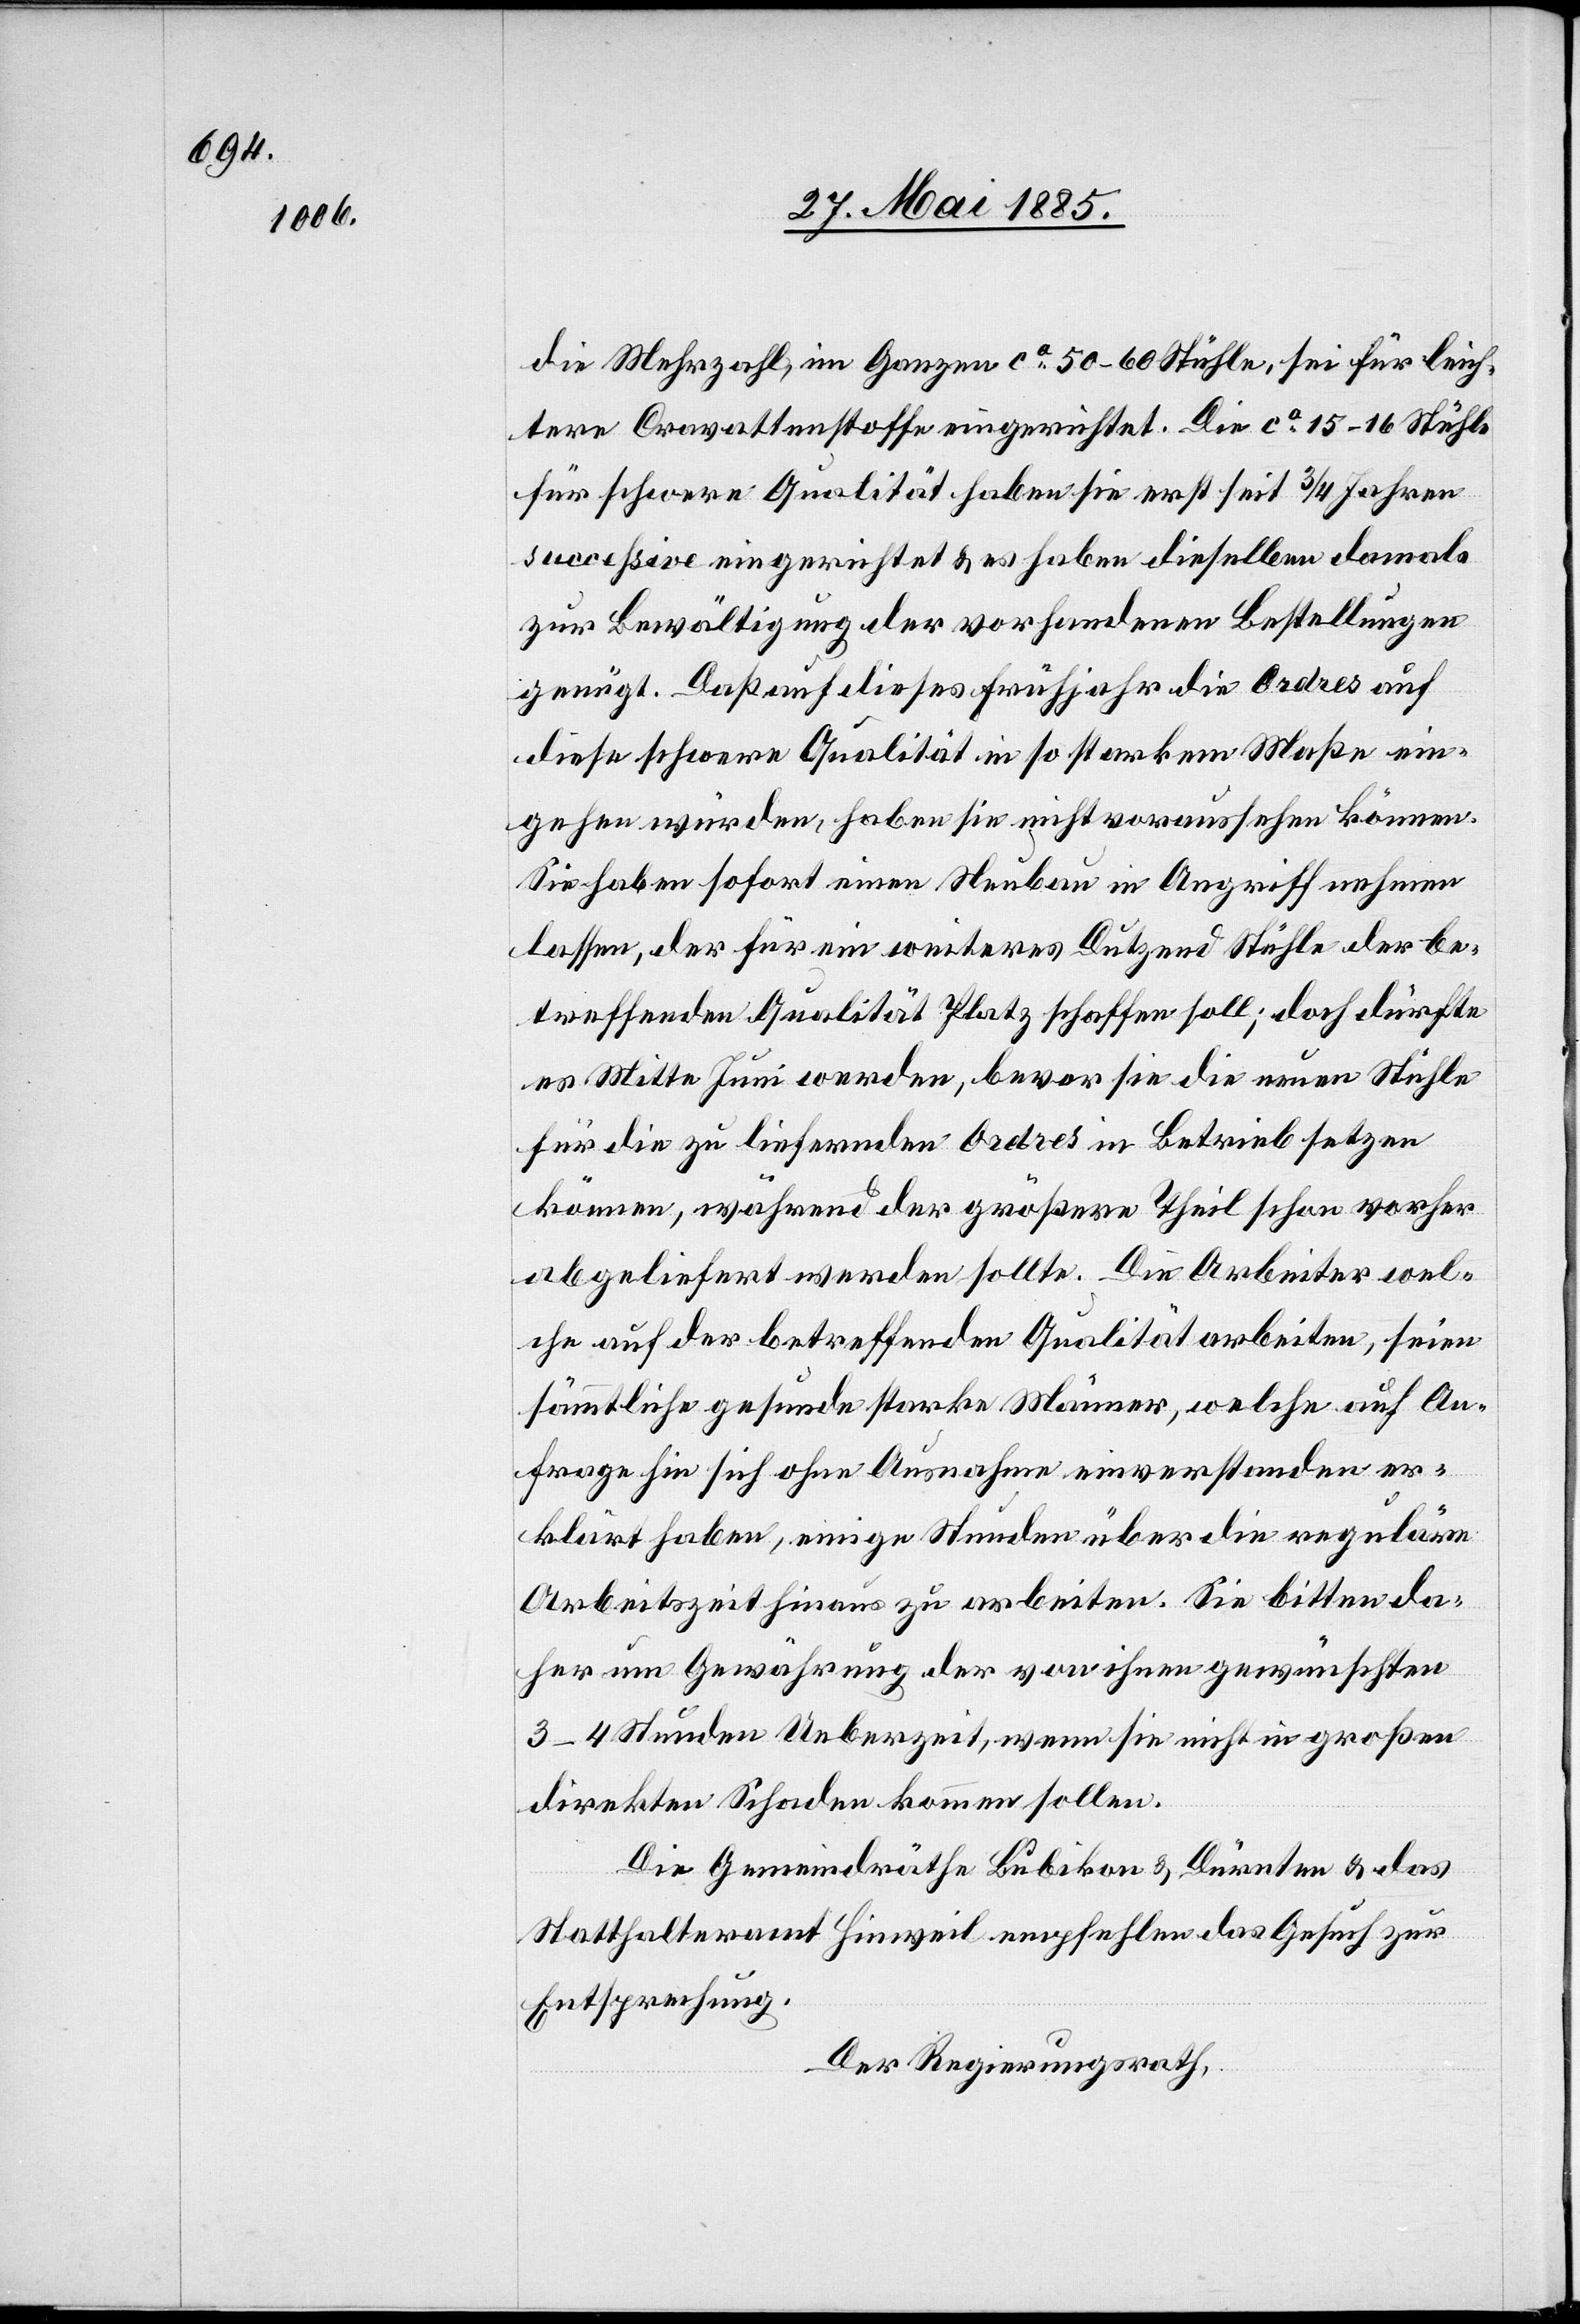
die Mehrzahl, im Ganzen ca 50–60 Stühle, sei für leich¬
tere Cravattenstoffe eingerichtet. Die ca 15–16 Stühle
für schwere Qualität haben sie erst seit 3/4 Jahren
successive eingerichtet & es haben dieselben damals
zur Bewältigung der vorhandenen Bestellungen
genügt. Daß auf dieses Frühjahr die Ordres auf
diese schwere Qualität in so starkem Maße ein¬
gehen würden, haben sie nicht voraussehen können.
Sie haben sofort einen Neubau in Angriff nehmen
lassen, der für ein weiteres Dutzend Stühle der be¬
treffenden Qualität Platz schaffen soll; doch dürfte
es Mitte Juni werden, bevor sie die neuen Stühle
für die zu liefernden Ordres in Betrieb setzen
können, während der größere Theil schon vorher
abgeliefert werden sollte. Die Arbeiter wel¬
che auf der betreffenden Qualität arbeiten, seien
sämmtliche gesunde starke Männer, welche auf An¬
frage hin sich ohne Ausnahme einverstanden er¬
klärt haben, einige Stunden über die reguläre
Arbeitszeit hinaus zu arbeiten. Sie bitten da¬
her um Gewährung der von ihnen gewünschten
3–4 Stunden Ueberzeit, wenn sie nicht in großen
direkten Schaden kommen sollen.
Die Gemeindräthe Bubikon & Dürnten & das
Statthalteramt Hinweil empfehlen das Gesuch zur
Entsprechung.
Der Regierungsrath,